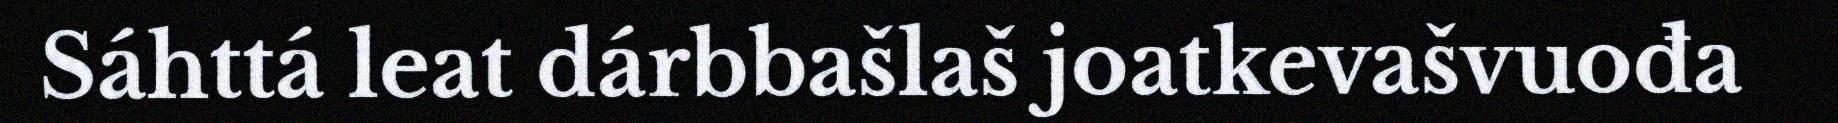
Sáhttá leat dárbbašlaš joatkevašvuođa